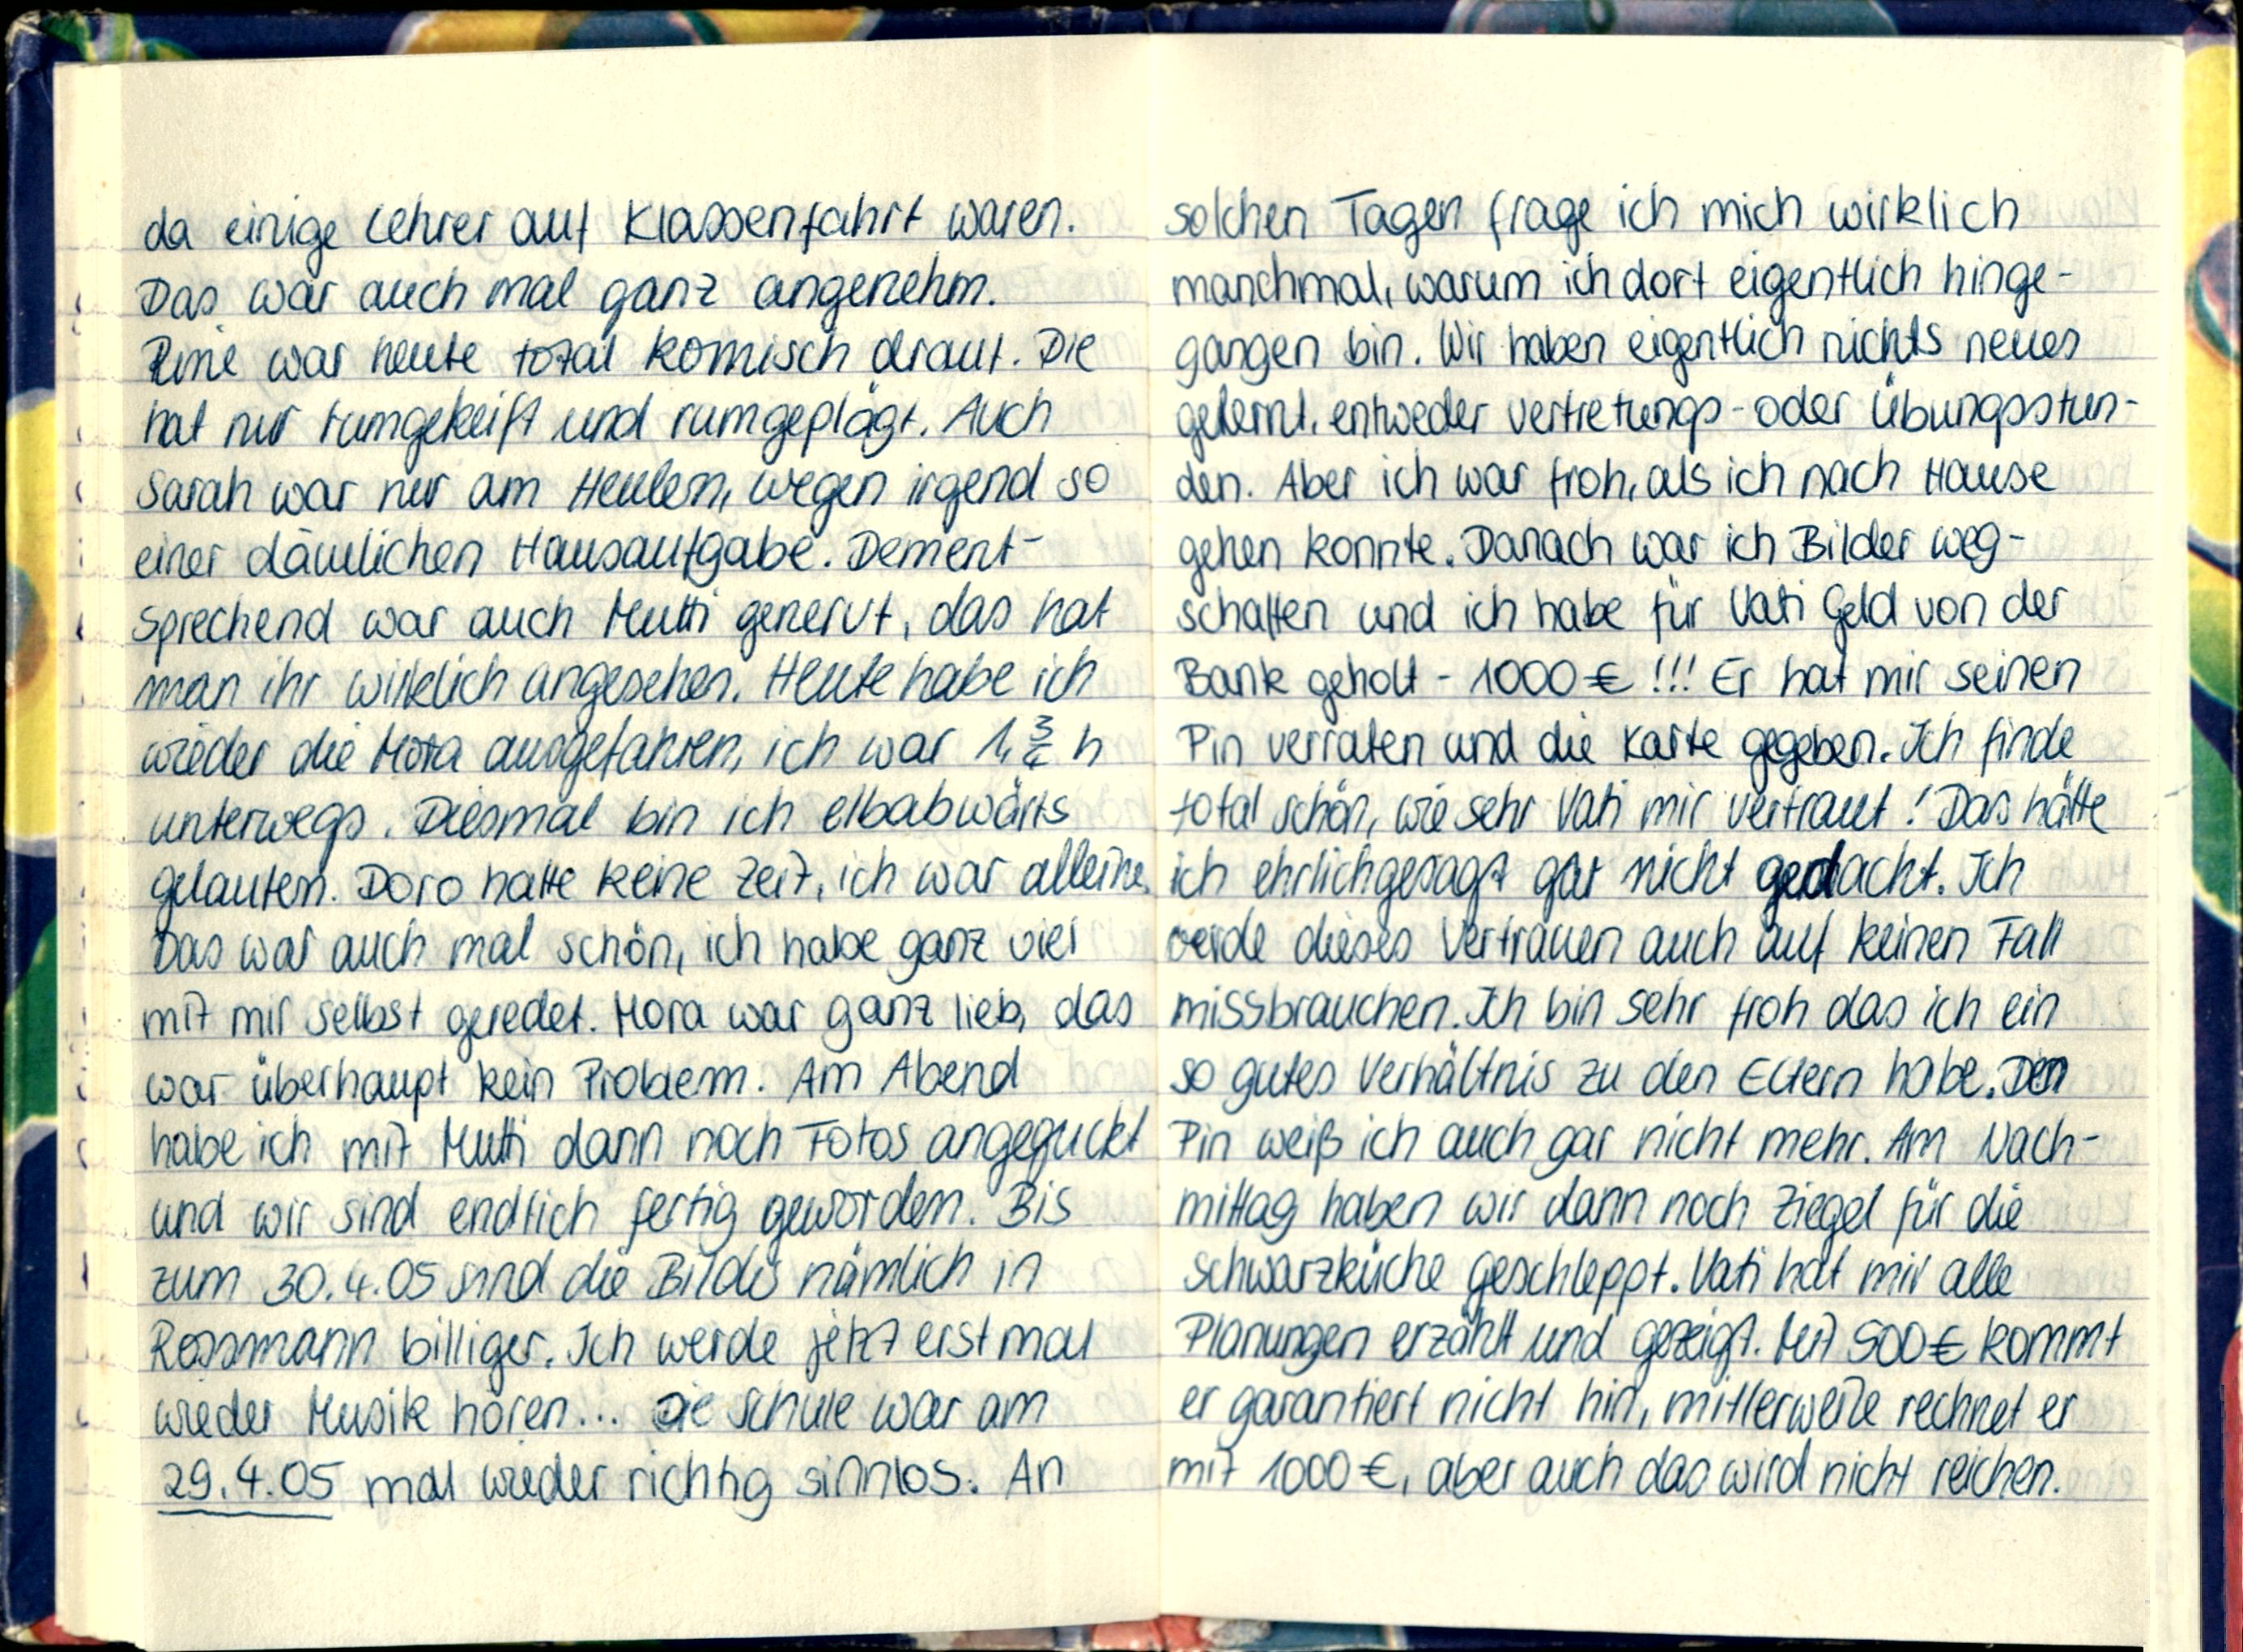
da einige Lehrer auf Klassenfahrt waren.
Das war auch mal ganz angenehm.
Rine war heute total komisch drauf. Die
hat nur rumgekeift und rumgeplägt. Auch
Sarah war nur am Heulen, wegen irgend so
einer dämlichen Hausaufgabe. Dement-
sprechend war auch Mutti genervt, das hat
man ihr wirklich angesehen. Heute habe ich
wieder die Mora ausgefahren, ich war 1¾h
unterwegs. Diesmal bin ich elbabwärts
gelaufen. Doro hatte keine Zeit, ich war alleine.
Das war auch mal schön, ich habe ganz viel
mit mir selbst geredet. Mora war ganz lieb, das
war überhaupt kein Problem. Am Abend
habe ich mit Mutti dann noch Fotos angeguckt
und wir sind endlich fertig gewordem. Bis
zum 30.4.05 sind die Bilder nämlich in
Rossmann billiger. Ich werde jetzt erstmal
wieder Musik hören... Die Schule war am
29.4.05 mal wieder richtig sinnlos. An

solchen Tagen frage ich mich wirklich
manchmal, warum ich dort eigentlich hinge-
gangen bin. Wir haben eigentlich nichts neues
gelernt, entweder Vertretungs - oder Übungsstun-
den. Aber ich war froh, als ich nach Hause
gehen konnte. Danach war ich Bilder weg-
schaffen und ich habe für Vati Geld von der
Bank geholt - 1000€!!! Er hat mir seinen
Pin verraten und die Karte gegeben. Ich finde
total schön, wie sehr Vati mir vertraut! Das hätte
ich ehrlichgesagt gar nicht gedacht. Ich
werde dieses Vertrauen auch auf keinen Fall
missbrauchen. Ich bin sehr froh das ich ein
so gutes Verhältnis zu den Eltern habe. Den
Pin weiß ich auch gar nicht mehr. Am Nach-
mittag haben wir dann noch Ziegel für die
Schwarzküche geschleppt. Vati hat mir alle
Planungen erzäht und gezeigt. Mit 500€ kommt
er garantiert nicht hin, mitterweile rechnet er
mit 1000€, aber auch das wird nicht reichen.